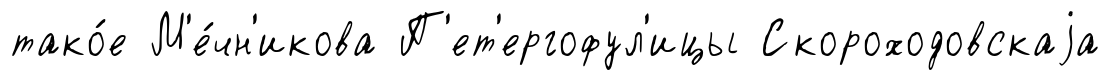
тако́е М'е́чн'икова П'ет'ергофул'ицы Скороходовскаjа